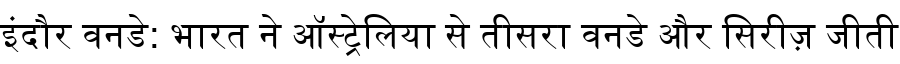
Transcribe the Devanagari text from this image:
इंदौर वनडे: भारत ने ऑस्ट्रेलिया से तीसरा वनडे और सिरीज़ जीती